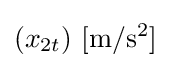
(x_{2t})\ \mathrm {[m/s^{2}]}